Vital statistics of India. Vol. IV, Annual returns from 1871 to 1876. British Army of India, Native Army and jails of Bengal
Year: 1871
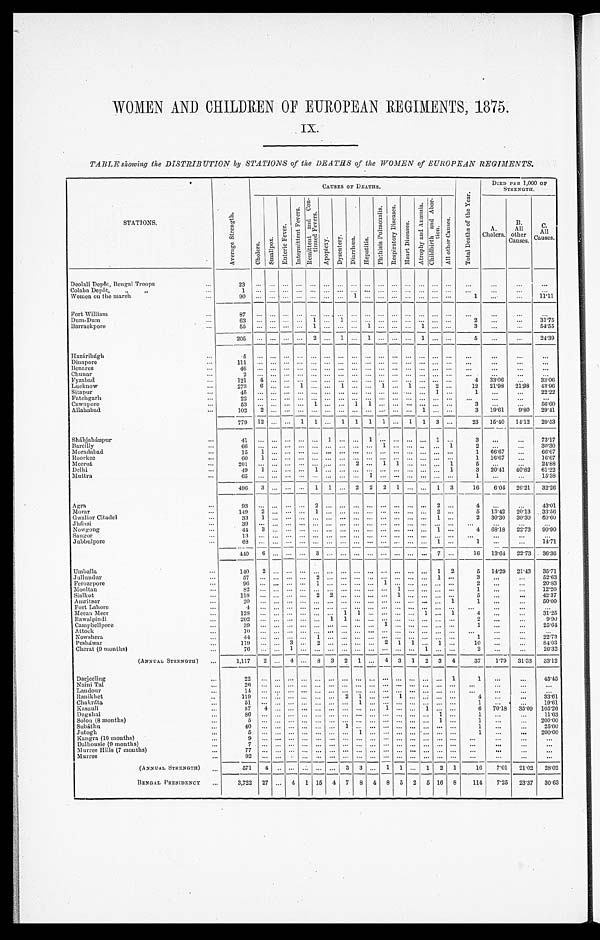
WOMEN AND CHILDREN OF EUROPEAN REGIMENTS, 1875.
I X
TABLE showing the DISTRIBUTION by STATIONS of the DEATHS of the WOMEN ofEUROPEAN REGIMENTS.
STATIONS.
A v e r a g e S t r e n g t h .
CAUSES OF DEATHS.
T o t a l D e a t h s o f t h e Y e a r .
a
DIED PER 1,000 OF
STRENGTH.
C h o l e r a .
S m a l l p o x .
E n t e r i c F e v e r .
I n t e r m i t t e n t F e v e r s .
R e m i t t e n t a n d C o n t i n e d F e v e r s .
A p o p l e x y . D y s e n t e r y . D i a r r h œ a . H e p a t i t i s .
P h t h i s i s P u l m o n a l i s .
R e s p i r a t o r y D i s e a s e s .
H e a r t D i s e a s e s .
A t r o p h y a n d A n æ m i a .
C h i l d b i r t h a n d A b r o - t i o n . A l l o t h e r C a u s e s .
A.
Cholera.
B.
All
other
Causes.
C.
All
Causes.
Deolali Depôt, Bengal Troops
...
23 ... ... ... ...... ... ... ... ... ... ... ... ... ... ... ... ... ... ...
Colaba Depôt,
" "
...
1 ... ... ... ... ... ... ... ... ... ... ... ... ... ... ... ...
...
... ...
Women on the march
... 90 ... ... ... ...... ... ... 1 ... ... ... ... ... ... ... 1 ...
... 11.11
Fort William
...
87 ... ... ... ... ... ... ... ... ... ... ... .... ... ... ... ... ... ... ...
Dum-Dum
...
63 ... ... ... ... 1 ... 1 ... ... ... ... ... ... ... ...
2 ...
...
3
1.75e
Barrackpore
...
55 ... ... ... ... 1 ... ... ... 1 ... ... ... 1 ... ...
3 ... ...
54.55
205 ... ... ... ...2 ... 1 ... 1 ... ... ... 1 ... ...
5 ... ...
24.39
Hazáribágh
...
.5 ... ... ... ...... ... ... ... ... ... ... ... ... ... ... ... ...
...
...
Dinapore
...
111 ... ... ... ...... ... ... ... ... ... ... ... ... ... ... ...
...
...
...
Benares
... 46 ... ... ... ...... ... ... ... ... ... ... ... ... ... ... ... ... ...
...
Chunar
...
2 ... ... ... ... ... ... ... ... ... ... ... ... ... ... ...
...
...
...
Fyzabad
...
121 4 ... ... ...... ... ... ... ... ... ... ... ... ... ...
4 33.06 ...
33.06
Lucknow
...
273 6 ... ... 1 ... ... 1 ... ... 1 ... 1 ... 2 ... 12 21.98 21.98 43.96
Sitapur
....
45 ... ... ... ...... ... ... ... ... ... ... ... ... 1 ...
1 ...
... 22.22k
Fatchgarh
... 22 ... ... ... ...... ... ... ... ... ... ... ... ... ... ... ... ...
... ...
Cawnpore
...
53 ... ... ... ... 1 ... ... 1 1 ... ... ... ... ... ... 3 ...
...
56.60
Allahabad
...
102 2
. . . . . . . . . . . . ... . . . . . . ... . . . ... ... 1
. . . . . .
3 19.61
9 . 8 0 29.41
779 12 ... ... 1 1 ... 1 1 1 1 ... 1 1 3 ...
23 15. 40 14.12
Sháhjahánpur
... 41 ... ... ... ...... 1 ... ... 1 ... ... ... ... 1 ... 3 ...
...
73.17
Bareilly
...
66 ... ... ... ... ... ... ... ... ... 1 ... ... .. ... 1 2 ... ...
30.30d
Mordabad
...
15 1 ... ... ...... ... ... ... ... ... ... ... ...... ... ...
1 66.67 ...
66.67
Roorkee
... 60 ... ... ... ...... ... ... ... ... ... ... ... ... ... ...
1 16.67 ...
16.67
Meerut
. . .
201
. . . . . . . . . . . . . . . ... . . . 2 ... 1 1 ... ...
. . . 1
5 ...
...
2 4 . 8 8
Delhi
...
49 1 ... ... ... 1 ... ... ... ... ... ... ... ... ... 1
3 20.41 40.82
Muttra
...
65 ... ... ... ... ... ... ... ... 1 ... ... ... ... ... ...
1 ...
...8 15.38
...
496 3 ... ... ... 1 1 ... 2 2 2 1 ... ... 1 3
16 6.05 26.21 32.26
Agra
...
93 ... ... ... ... 2 ... ... ... ... ... ... ... ... 2 ...
4 ...
...
43.01
Morar
...
149 2 ... ... ... 1 ... ... ... ... ... ... ... ... 2 ...
5 13.42 20.13
Gwal i orCi t adel
... 33 1 ... ... ...... ... ... ... ... ... ... ... ... 1 ...
2 30.30 30.30 60.60
.Jhánsi
...
39 ... ... ... ...... ... ... ... ... ... ... ... ... ... ... ... ...
...
...
Nowgong
... 44 3 ... ... ...... ... ... ... ... ... ... ... ... 1 ...
4 68.18 22.73
Saugor
...
13 ... ... ... ... ... ... ... ... ... ... ... ... ... ... ... ...
...
...
...
Jubbulpore
...
68 ... ... ... ... ... ... ... .... ... ... ... .... ... 1 ...
1 ...
... 14.71
... 440 6 ... ... ...3 ... ... ... ... ... ... ... ... 7 ...
16 13.64 22.73 36.36
Umballa
... 140 2 ... ... ...... ... ... ... ... ... ... ... ... 1 2
5 14.29 21.43 35.71
Jullundur
...
57 ... ... ... ... 2 ... ... ... ... ... ... ... ... 1 ...
3 ...
...
52.63
Ferozepore
...
96 ... ... ... ... 1 ... ... ... ... 1 ... ... ... ... ...
2 ... ...
20.83
Mooltan
...
82 ... ... ... ...... ... ... ... ... ... 1 ... ... ... ...
1 ... ...
12.20
Sialkot
...
118 ... ... ... ... 2 2 ... ... ... ... 1 ... ... ... ...
5 ...
... 42.37
Amritsar
...
20 ... ... ... ...... ... ... ... ... ... ... ... ... ... 1
1...
...... 50.00
Fort Lahore.
...
4
. . . . . . . . . . . . . . . ... . . . . . . ... . . . ... ... ... . . . . . . ...
. . .
. . .
. . .
Meean Meer
...
128 ... ... ... ... ... ... 1 1 ... ... ... ... 1 ... 1
4 ... ...
31.25
Rawalpindi
...
203 ... ... ... ...... 1 1 ... ... ... ... ... ... ... ...
.2 ... ...
9.90
Campbellpore
. . , , , . 39 ... ... ... ...... ... ... ... ... 1 ... ... ... ... ... 1 ... ...
25.64
Attock
...
10 ...
... ... . ... ... ... ... ... ... ... ... ... ... ... ... ... ...
Nowshera
...
44 ... ... ... ... 1 ... ... ... ...
... ... ... ... ...
1 ...
22.73
Pesháwar
...
119 ... ... 3 ...2 ... ... ... ... 2 1 1 ... 1 ...
10 ...
... 84.03
Cherat (9 months)
...
76 ... ... .1 ...... ... ... ... ... ... ... ... 1 ... ... 2 ...
. . . . . . . 26.32
(ANNUAL STRENGTH) ...
1,117 2 ... 4 ... 8 3 2 1 ... 4 3 1 2 3 4
37 1.79 31.33 33.12
Darjeeling
...
22
... ... ... ... ... ... ... ... ... ... ... 1 1 ...
... 45.45
NainiTal
...
26 ... ... ... ... ... ... ... ... ... ... ... ... ... ... ... ...
... ...
...
Landour
... ...
... ... ... ...... ... ... ... ... ... ... ... ... ... ... ...
... ... ...
Ranikhet
..
119 ... ... ... ...... ... 2 1 ... ... 1 ... ... ... ... 4 ...
... 33.61
Chakráta
51 ... ... ... 2 1 ... ... 1 ... ... ... ... ... ... ...
1 . . . . . . ...
19.61
Kasauli
...
57 4 ... ... ...... ... ... ... ... 1 ... .... 1 ... ...
6 70.18 35.09 105.26
Dagshai
...
86 ... ... ... ...... ... ... ... ... ... ... ... ... 1 ...
1 ...
...
11.63
Solon (8 months)
...
5 ... ... ... ... ... ... ... ... ... ...... ... ...1 ... 1. ...
... 200.00
Subáthu
... 40 ... ... ... ...... ... 1 ... ... ... ... ... ... ... ...
1 ... ...
25.00
Jutogh
...... 5
... ... ... ... ... ... ...1 ... ... ... ... ... ... ...
1 ...
... 200.00
Kangra (10 mouths)
...
9 ... ... ... ...... ... ... ... ... ... ... ... ... ... ... ... ... ...
...
Dalhousie (9 months)
... 7
... ... ... ... ... ... ... ... ... ... ... ... ... ... ... ... ... ... ...
Murree Hills (7 months)
.. 77 ... ... ... ...... ... ... ... ... ... ... ... ...... ... ...
... ... ...
Murree
... 92 ... ... ... ...... ... ... ... ... ... ... ... ... ... ... ... ... ...
...
(ANNUAL STRENGTH) ...
571 4 .. ... ... ... ... 3 3 ... 1 1 ... 1 2 1
16 7.01 21.02 28.02
BENGAL PRESIDENCY ...
3,722 27 ... 4 1 15 4 7 8 4 8 5 2 5 16 8 114 7.25 23.37 30.63